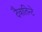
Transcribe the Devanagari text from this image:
दैवातिन्टे